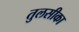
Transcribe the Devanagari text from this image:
तुलसीका